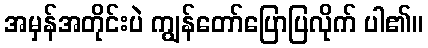
အမှန်အတိုင်းပဲ ကျွန်တော်ပြောပြလိုက် ပါ၏။